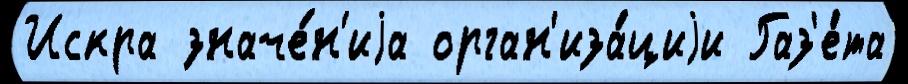
Искра значе́н'иjа орган'иза́циjи Газ'е́та